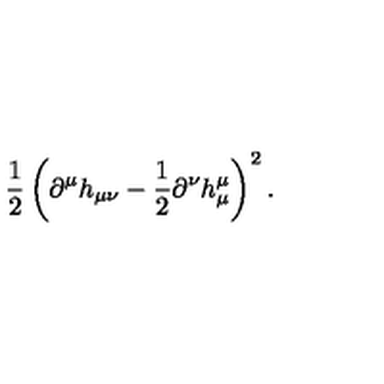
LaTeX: \frac { 1 } { 2 } \left( \partial ^ { \mu } h _ { \mu \nu } - \frac { 1 } { 2 } \partial ^ { \nu } h _ { \mu } ^ { \mu } \right) ^ { 2 } .